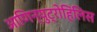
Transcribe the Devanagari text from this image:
आणिन्युट्रोहिलिस